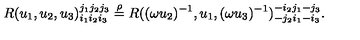
R ( u _ { 1 } , u _ { 2 } , u _ { 3 } ) _ { i _ { 1 } i _ { 2 } i _ { 3 } } ^ { j _ { 1 } j _ { 2 } j _ { 3 } } \stackrel { \rho } { = } R ( ( \omega u _ { 2 } ) ^ { - 1 } , u _ { 1 } , ( \omega u _ { 3 } ) ^ { - 1 } ) _ { - j _ { 2 } i _ { 1 } - i _ { 3 } } ^ { - i _ { 2 } j _ { 1 } - j _ { 3 } } .